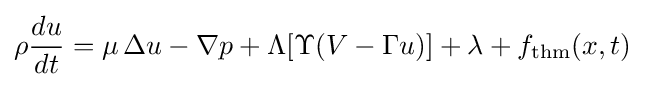
\rho {\frac {d{u}}{d{t}}}=\mu \,\Delta u-\nabla p+\Lambda [\Upsilon (V-\Gamma {u})]+\lambda +f_{\mathrm {thm} }(x,t)